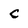
Character: C